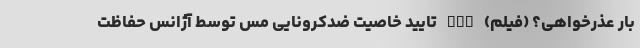
بار عذرخواهی؟ (فیلم) nan تایید خاصیت ضدکرونایی مس توسط آژانس حفاظت